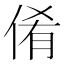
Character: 倄